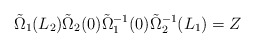
\begin{align*}\tilde{\Omega}_1 (L_2) \tilde{\Omega}_2 (0) \tilde{\Omega}_1^{-1} (0) \tilde{\Omega}_2^{-1} (L_1)=Z\end{align*}